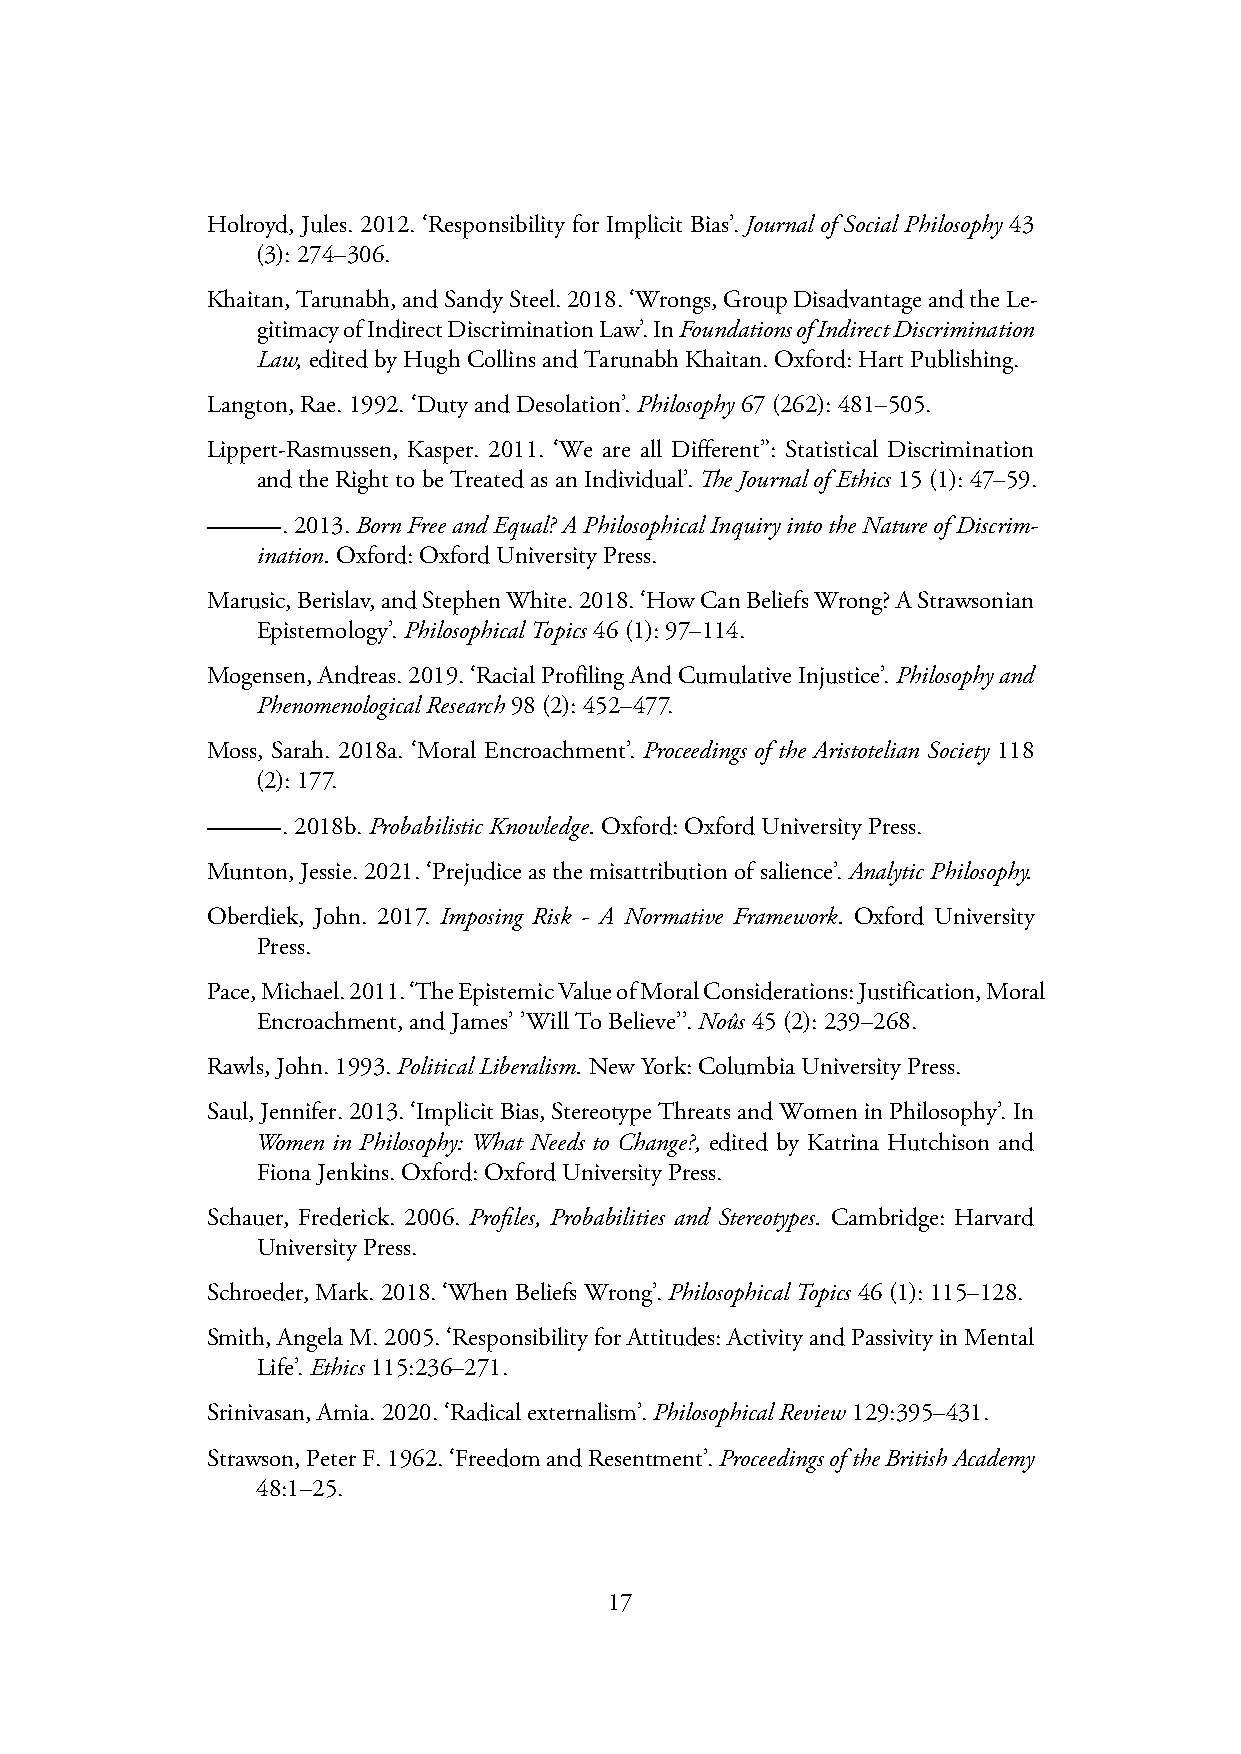
Holroyd, Jules. 2012. ‘Responsibility for Implicit Bias’. Journal of Social Philosophy 43
 (3):274–306.
 Khaitan,Tarunabh,andSandySteel.2018.‘Wrongs,GroupDisadvantageandtheLe-
 gitimacyofIndirectDiscriminationLaw’.InFoundationsofIndirectDiscrimination
 Law,editedbyHughCollinsandTarunabhKhaitan.Oxford:HartPublishing.
 Langton,Rae.1992.‘DutyandDesolation’.Philosophy 67(262):481–505.
 Lippert-Rasmussen, Kasper. 2011. ‘We are all Different”: Statistical Discrimination
 andtheRighttobeTreatedasanIndividual’.TheJournalofEthics 15(1):47–59.
 .2013.BornFreeandEqual?APhilosophicalInquiryintotheNatureofDiscrim-
 ination.Oxford:OxfordUniversityPress.
 Marusic,Berislav,andStephenWhite.2018.‘HowCanBeliefsWrong?AStrawsonian
 Epistemology’.PhilosophicalTopics 46(1):97–114.
 Mogensen,Andreas.2019.‘RacialProfilingAndCumulativeInjustice’.Philosophyand
 PhenomenologicalResearch 98(2):452–477.
 Moss, Sarah. 2018a. ‘Moral Encroachment’. Proceedings of the Aristotelian Society 118
 (2):177.
 .2018b.ProbabilisticKnowledge.Oxford:OxfordUniversityPress.
 Munton,Jessie.2021.‘Prejudiceasthemisattributionofsalience’.AnalyticPhilosophy.
 Oberdiek, John. 2017. Imposing Risk - A Normative Framework. Oxford University
 Press.
 Pace,Michael.2011.‘TheEpistemicValueofMoralConsiderations:Justification,Moral
 Encroachment,andJames’’WillToBelieve’’.Noûs 45(2):239–268.
 Rawls,John.1993. PoliticalLiberalism.NewYork:ColumbiaUniversityPress.
 Saul,Jennifer.2013.‘ImplicitBias,StereotypeThreatsandWomeninPhilosophy’.In
 Women in Philosophy: What Needs to Change?, edited by Katrina Hutchison and
 FionaJenkins.Oxford:OxfordUniversityPress.
 Schauer, Frederick. 2006. Profiles, Probabilities and Stereotypes. Cambridge: Harvard
 UniversityPress.
 Schroeder,Mark.2018.‘WhenBeliefsWrong’.PhilosophicalTopics 46(1):115–128.
 Smith,AngelaM.2005.‘ResponsibilityforAttitudes:ActivityandPassivityinMental
 Life’.Ethics 115:236–271.
 Srinivasan,Amia.2020.‘Radicalexternalism’.PhilosophicalReview 129:395–431.
 Strawson,PeterF.1962.‘FreedomandResentment’.ProceedingsoftheBritishAcademy
 48:1–25.
 17